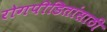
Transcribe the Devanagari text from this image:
रोगपीडितांसाठी